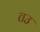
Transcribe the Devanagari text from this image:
तउ